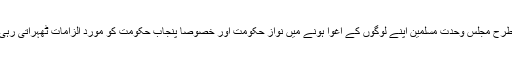
اسی طرح مجلس وحدتِ مسلمین اپنے لوگوں کے اغوا ہونے میں نواز حکومت اور خصوصاً پنجاب حکومت کو موردِ الزامات ٹھہراتی رہی ہے۔